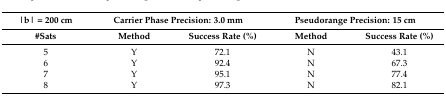
| |b| = 200 cm | <COLSPAN=2> Carrier Phase Precision: 3.0 mm | <COLSPAN=2> Pseudorange Precision: 15 cm |
 | #Sats | Method | Success Rate (%) | Method | Success Rate (%) |
 | --- | --- | --- | --- | --- |
 | 5 | Y | 72.1 | N | 43.1 |
 | 6 | Y | 92.4 | N | 67.3 |
 | 7 | Y | 95.1 | N | 77.4 |
 | 8 | Y | 97.3 | N | 82.1 |